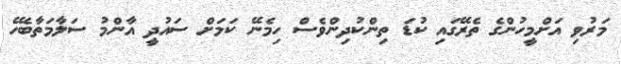
މަރުވި އަށްމީހުންގެ ތެރޭގައި ކުޑަ ތިންކުދިންވެސް ހިމެނޭ ކަމަށް ސައުދީ އާންމު ސަލާމަތާބެހޭ